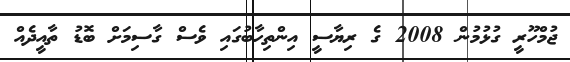
ޖުމްހޫރީ ގުޅުމުން 2008 ގެ ރިޔާސީ އިންތިހާބުގައި ވެސް ގާސިމަށް ބޮޑު ތާއީދެއް